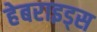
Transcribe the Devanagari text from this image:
हेबराइड्स